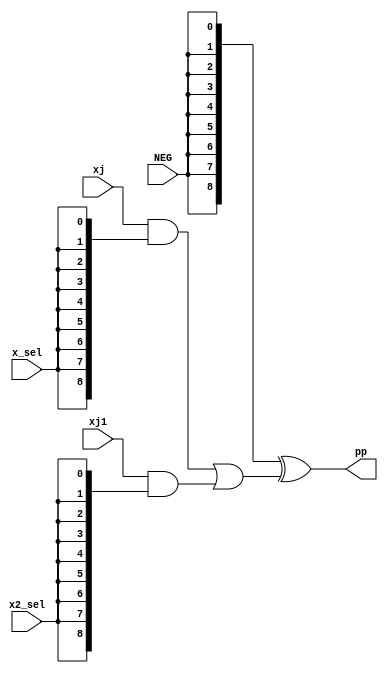
module partial ( xj, xj1, x_sel, x2_sel, NEG, pp);
parameter w=8;
input wire[w:0]xj, xj1;
input  x_sel, x2_sel, NEG;
output reg[w:0]pp;

wire [w:0]xsel,x2sel,neg;
assign xsel={9{x_sel}};
assign x2sel={9{x2_sel}};
assign neg={9{NEG}};

reg [w:0]a1, a2, o1,xo1;
always@* begin
a1=  xj & xsel;
a2=  xj1 & x2sel;
o1=  a1 | a2 ;
pp = neg ^ o1;
end
endmodule